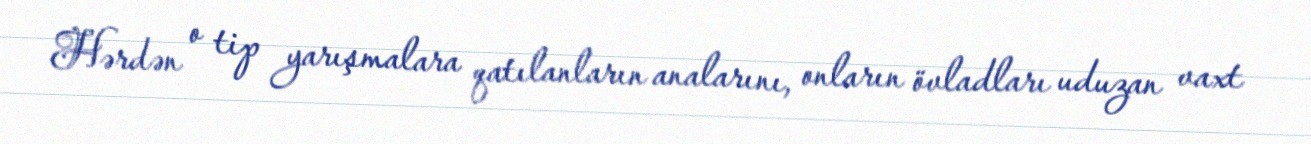
Hərdən o tip yarışmalara qatılanların analarını, onların övladları uduzan vaxt